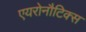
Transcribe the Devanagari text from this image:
एयरोनौटिक्स